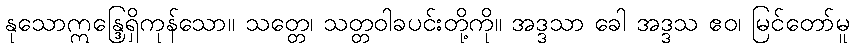
နုသောဣန္ဒြေရှိကုန်သော။ သတ္တေ၊ သတ္တဝါခပင်းတို့ကို။ အဒ္ဒသာ ခေါ အဒ္ဒသ ဧဝ၊ မြင်တော်မူ